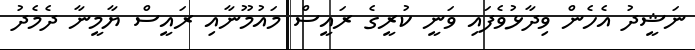
ނަޝީދު އެހެން ވިދާޅުވެފައި ވަނީ ކުރީގެ ރައީސް މައުމޫނާއި ރައީސް ޔާމީނާ ދެމެދު